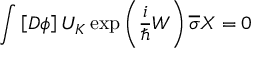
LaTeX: \int \left[ D \phi \right] U _ { K } \exp \left( \frac i \hbar W \right) \overline { { { \sigma } } } X = 0